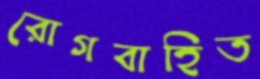
রোগবাহিত